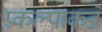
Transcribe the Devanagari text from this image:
प्रकल्पाकडे